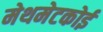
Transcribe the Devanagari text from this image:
मेथमेटकोई